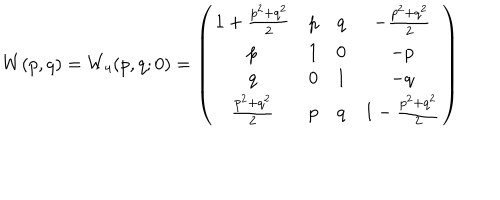
W ( p , q ) = W _ { 4 } ( p , q ; 0 ) = \left( \begin{array} { c c c c } { { 1 + \frac { p ^ { 2 } + q ^ { 2 } } { 2 } } } & { { p } } & { { q } } & { { - \frac { p ^ { 2 } + q ^ { 2 } } { 2 } } } \\ { { p } } & { { 1 } } & { { 0 } } & { { - p } } \\ { { q } } & { { 0 } } & { { 1 } } & { { - q } } \\ { { \frac { p ^ { 2 } + q ^ { 2 } } { 2 } } } & { { p } } & { { q } } & { { 1 - \frac { p ^ { 2 } + q ^ { 2 } } { 2 } } } \\ \end{array} \right)